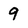
Character: 9